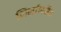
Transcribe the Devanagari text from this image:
निर्माणकेंद्र